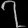
Digit: ၇